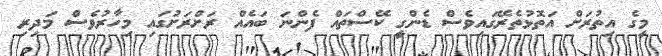
މީގެ އިތުރަށް އަތޮޅުތެރޭގައިވެސް ޑެންގީ ކޭސްތައް ފެންނަ ބައެއް ރަށްރަށުގައި މިހާރުވެސް މަދިރި